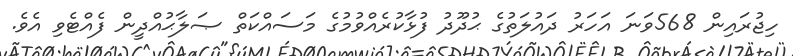
ހިޖުރައިން 568ވަނަ އަހަރު ދައުލަތުގެ ޙުދޫދު ފުޅާކުރެއްވުމުގެ މަސައްކަތް ޞަލާޙުއްދީން ފެއްޓެވި އެވެ.